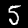
Digit: 5